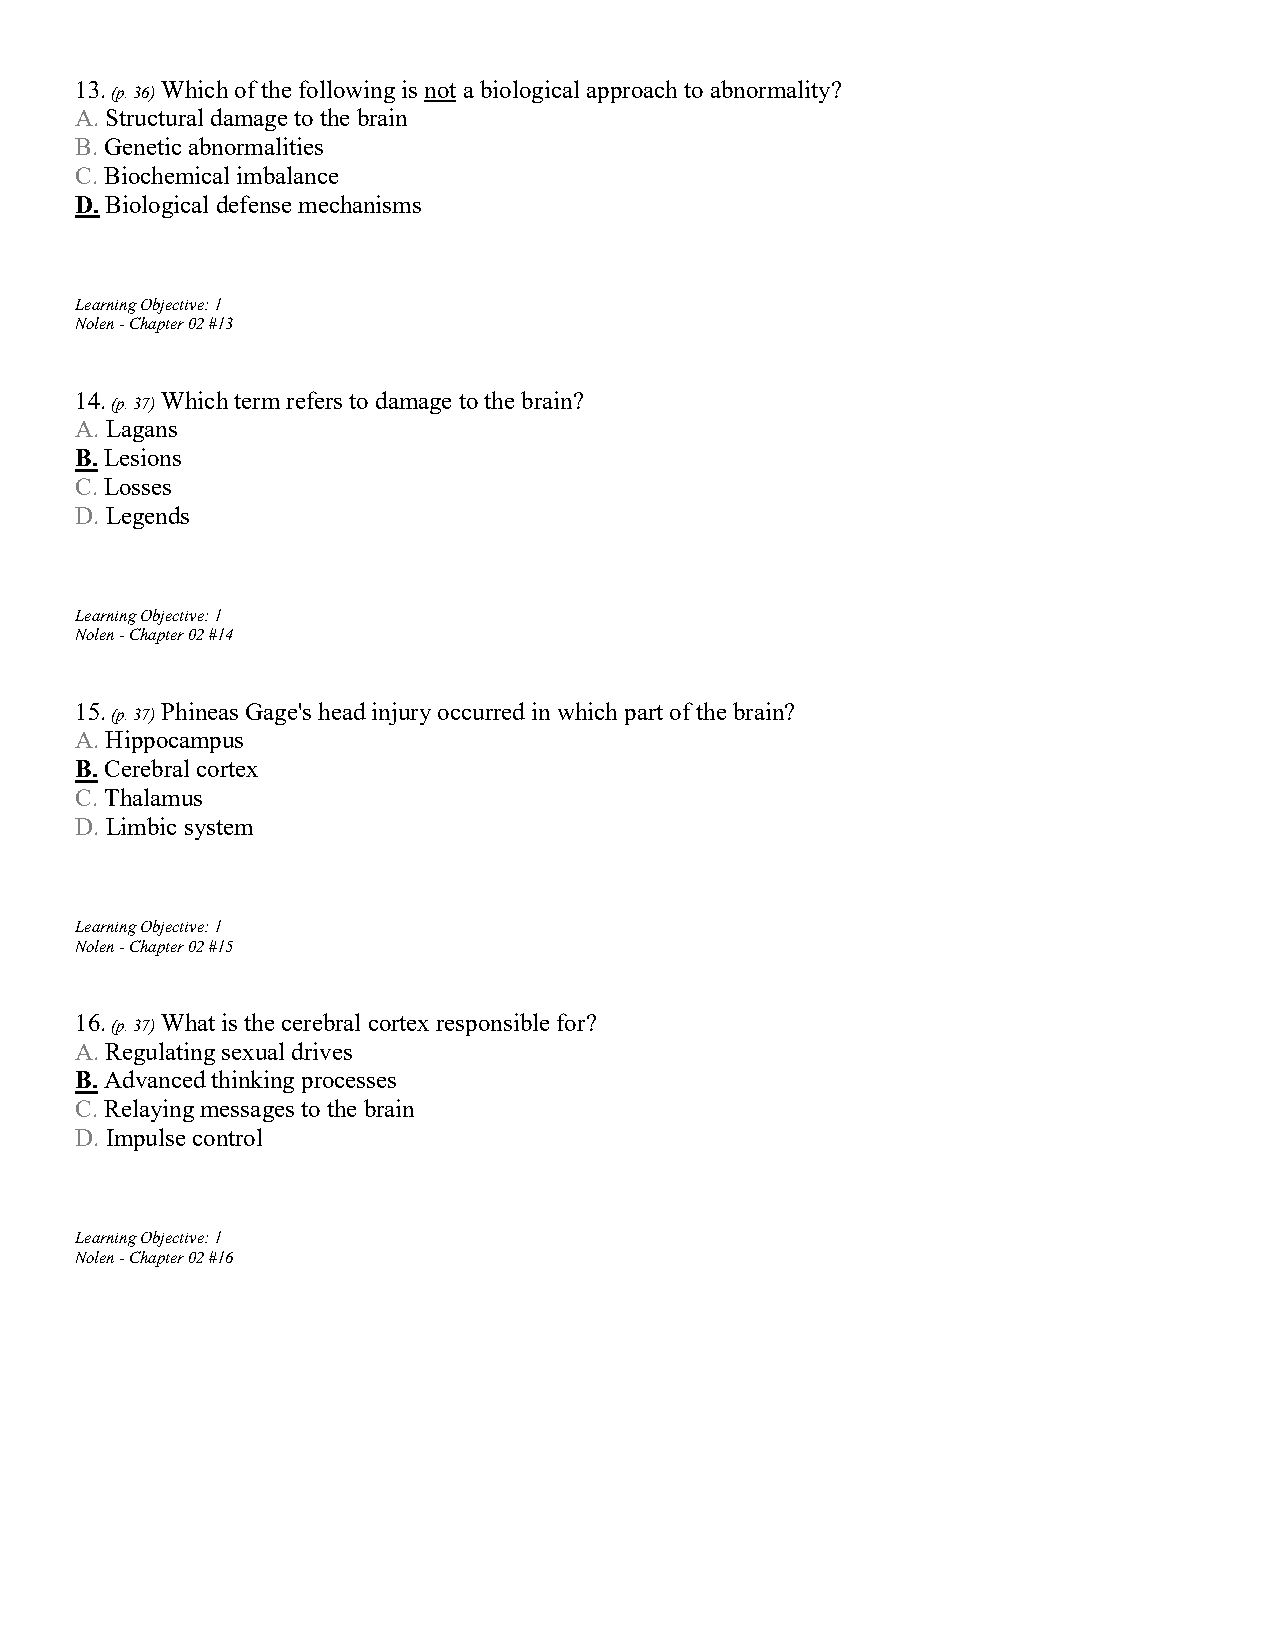
13.   Which of the following is not a biological approach to abnormality?
 (p. 36)
 A. Structural damage to the brain
 B. Genetic abnormalities
 C. Biochemical imbalance
 D. Biological defense mechanisms
 Learning Objective: 1
 Nolen - Chapter 02 #13
 14.   Which term refers to damage to the brain?
 (p. 37)
 A. Lagans
 B. Lesions
 C. Losses
 D. Legends
 Learning Objective: 1
 Nolen - Chapter 02 #14
 15.   Phineas Gage's head injury occurred in which part of the brain?
 (p. 37)
 A. Hippocampus
 B. Cerebral cortex
 C. Thalamus
 D. Limbic system
 Learning Objective: 1
 Nolen - Chapter 02 #15
 16.   What is the cerebral cortex responsible for?
 (p. 37)
 A. Regulating sexual drives
 B. Advanced thinking processes
 C. Relaying messages to the brain
 D. Impulse control
 Learning Objective: 1
 Nolen - Chapter 02 #16